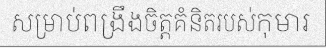
សម្រាប់ពង្រឹងចិត្តគំនិតរបស់កុមារ